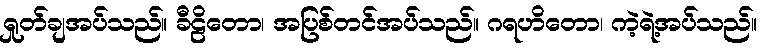
ရှုတ်ချအပ်သည်။ ခီဠိတော၊ အပြစ်တင်အပ်သည်။ ဂရဟိတော၊ ကဲ့ရဲ့အပ်သည်။